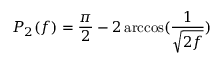
P _ { 2 } ( f ) = \frac { \pi } { 2 } - 2 \operatorname { a r c c o s } ( \frac { 1 } { \sqrt { 2 f } } )